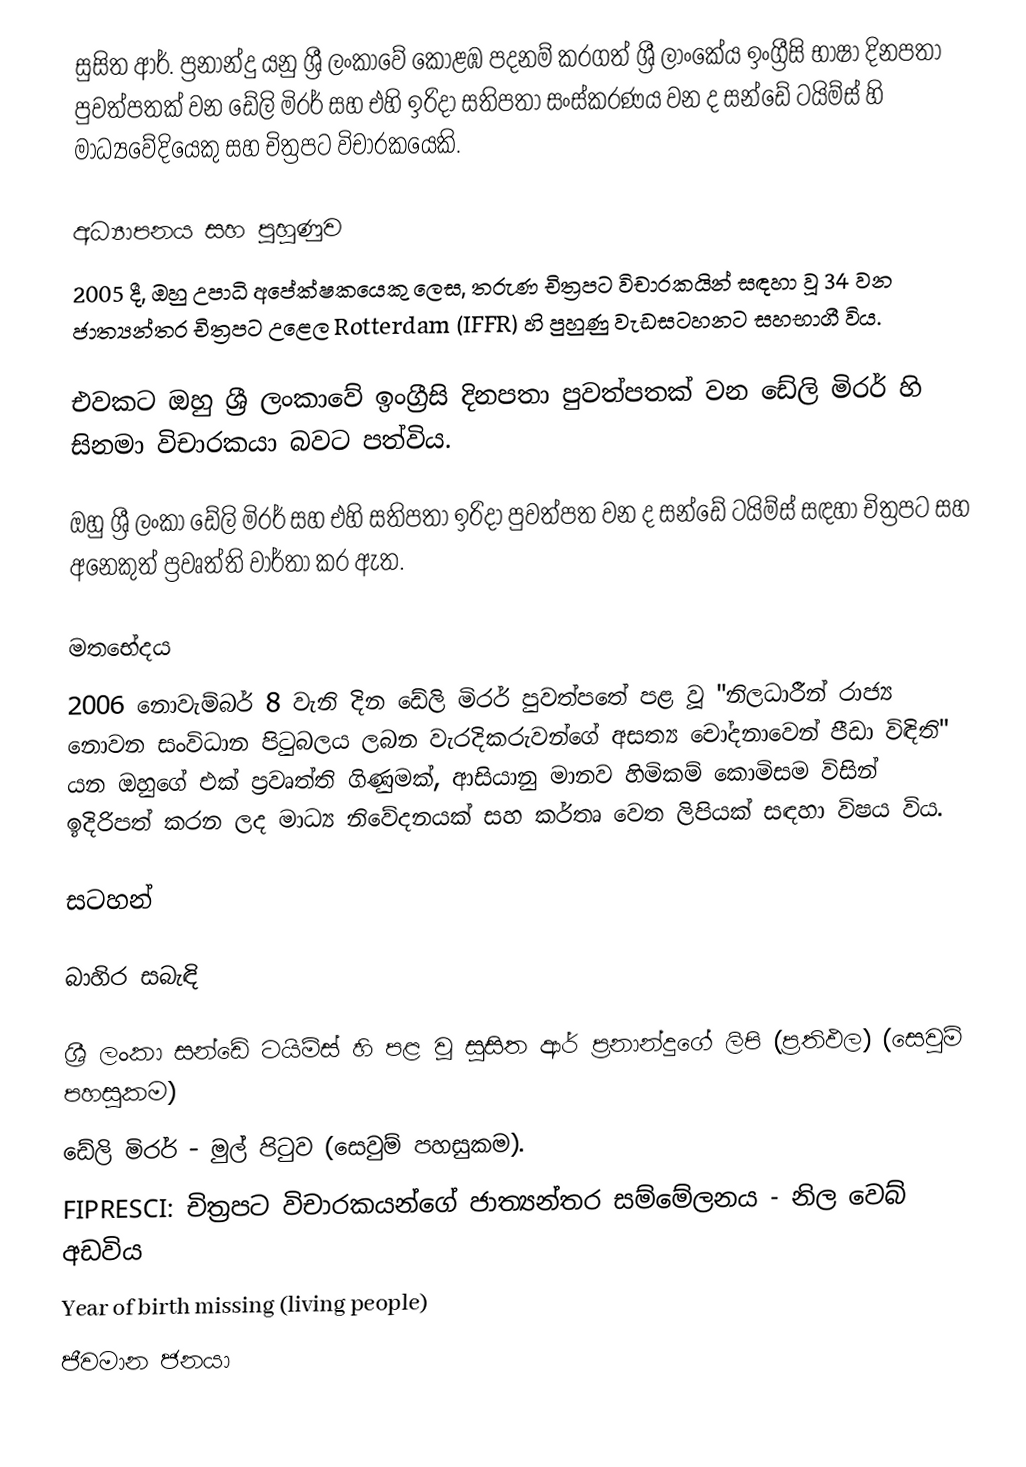
සුසිත ආර්. ප්‍රනාන්දු යනු ශ්‍රී ලංකාවේ කොළඹ පදනම් කරගත් ශ්‍රී ලාංකේය ඉංග්‍රීසි භාෂා දිනපතා පුවත්පතක් වන ඩේලි මිරර් සහ එහි ඉරිදා සතිපතා සංස්කරණය වන ද සන්ඩේ ටයිම්ස් හි මාධ්‍යවේදියෙකු සහ චිත්‍රපට විචාරකයෙකි.

අධ්‍යාපනය සහ පුහුණුව
2005 දී, ඔහු උපාධි අපේක්ෂකයෙකු ලෙස, තරුණ චිත්‍රපට විචාරකයින් සඳහා වූ 34 වන ජාත්‍යන්තර චිත්‍රපට උළෙල Rotterdam (IFFR) හි පුහුණු වැඩසටහනට සහභාගී විය.

එවකට ඔහු ශ්‍රී ලංකාවේ ඉංග්‍රීසි දිනපතා පුවත්පතක් වන ඩේලි මිරර් හි සිනමා විචාරකයා බවට පත්විය.

ඔහු ශ්‍රී ලංකා ඩේලි මිරර් සහ එහි සතිපතා ඉරිදා පුවත්පත වන ද සන්ඩේ ටයිම්ස් සඳහා චිත්‍රපට සහ අනෙකුත් ප්‍රවෘත්ති වාර්තා කර ඇත.

මතභේදය
2006 නොවැම්බර් 8 වැනි දින ඩේලි මිරර් පුවත්පතේ පළ වූ "නිලධාරීන් රාජ්‍ය නොවන සංවිධාන පිටුබලය ලබන වැරදිකරුවන්ගේ අසත්‍ය චෝදනාවෙන් පීඩා විඳිති" යන ඔහුගේ එක් ප්‍රවෘත්ති ගිණුමක්, ආසියානු මානව හිමිකම් කොමිසම විසින් ඉදිරිපත් කරන ලද මාධ්‍ය නිවේදනයක් සහ කර්තෘ වෙත ලිපියක් සඳහා විෂය විය.

සටහන්

බාහිර සබැඳි

 ශ්‍රී ලංකා සන්ඩේ ටයිම්ස් හි පළ වූ සුසිත ආර් ප්‍රනාන්දුගේ ලිපි (ප්‍රතිඵල) (සෙවුම් පහසුකම)
 ඩේලි මිරර් - මුල් පිටුව (සෙවුම් පහසුකම).
 FIPRESCI: චිත්‍රපට විචාරකයන්ගේ ජාත්‍යන්තර සම්මේලනය - නිල වෙබ් අඩවිය
Year of birth missing (living people)
ජීවමාන ජනයා